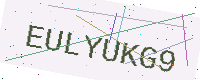
Text: EULYUKG9